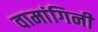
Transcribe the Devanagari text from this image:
वामांगिनी